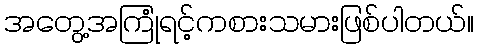
အတွေ့အကြုံရင့်ကစားသမားဖြစ်ပါတယ်။